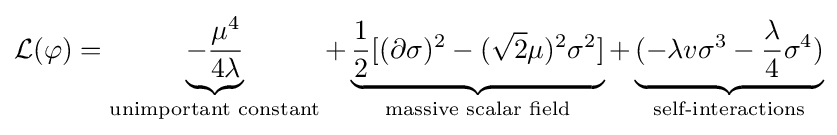
{\mathcal {L}}(\varphi )=\underbrace {-{\frac {\mu ^{4}}{4\lambda }}} _{\text{unimportant constant}}+\underbrace {{\frac {1}{2}}[(\partial \sigma )^{2}-({\sqrt {2}}\mu )^{2}\sigma ^{2}]} _{\text{massive scalar field}}+\underbrace {(-\lambda v\sigma ^{3}-{\frac {\lambda }{4}}\sigma ^{4})} _{\text{self-interactions}}